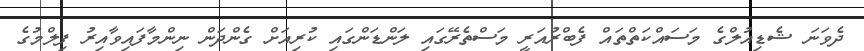
ދެވަނަ ޝެޑިއުލްގެ މަސައްކަތްތައް ފެބްރުއަރީ މަސްތެރޭގައި ލަންޑަންގައި ކުރިއަށް ގެންދަން ނިންމާފައިވާއިރު ފިލްމުގެ